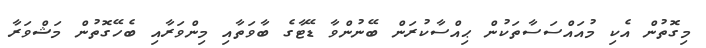
މިގޮތުން އެކި މުއައްސަސާތަކުން ޙިއްސާކުރަން ބޭނުންވާ ޑޭޓާގެ ބާވަތާއި މިންވަރާއި ބެހޭގޮތުން މަޝްވަރާ